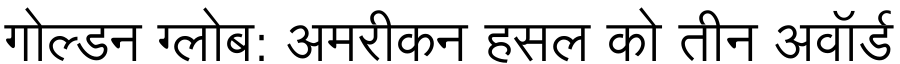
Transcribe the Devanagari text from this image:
गोल्डन ग्लोब: अमरीकन हसल को तीन अवॉर्ड